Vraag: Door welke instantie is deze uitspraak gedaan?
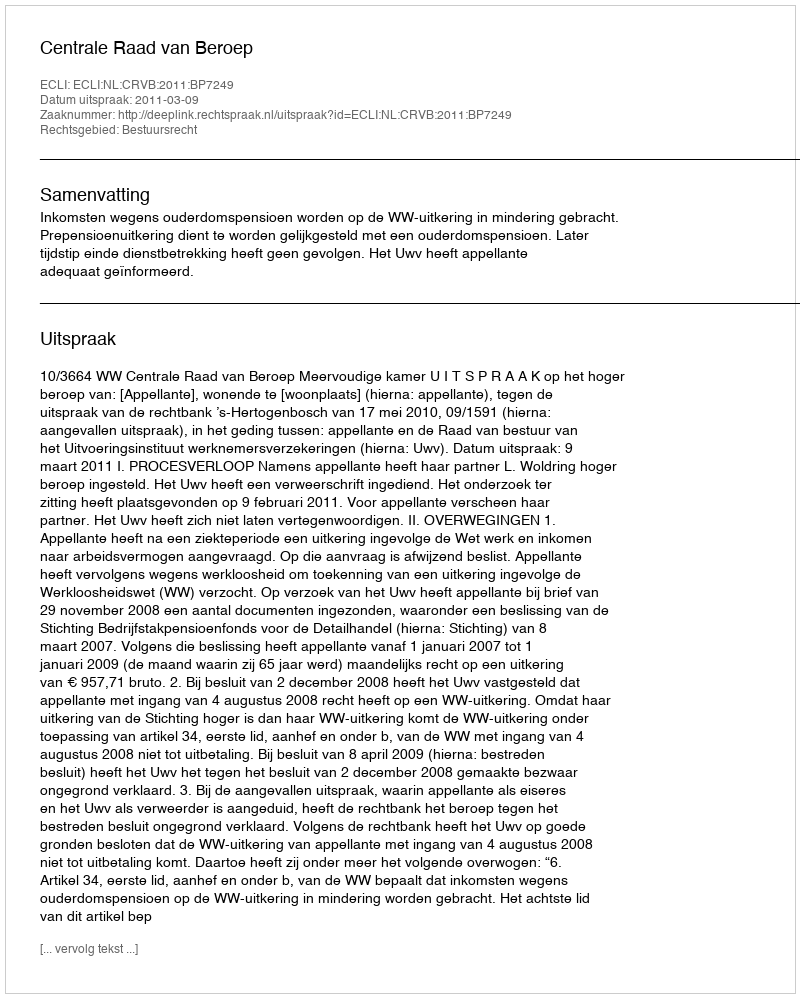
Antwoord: Centrale Raad van Beroep